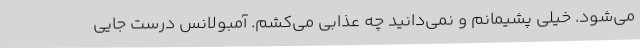
می‌شود. خیلی پشیمانم و نمی‌دانید چه عذابی می‌کشم. آمبولانس درست جایی